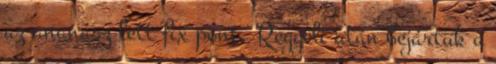
az ananász lett fix pont. Reggeli után bejártuk a